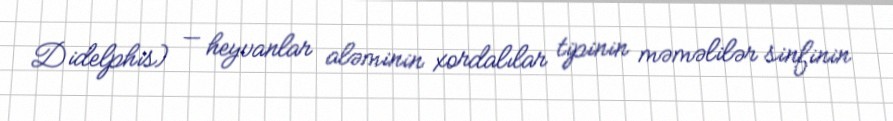
Didelphis) — heyvanlar aləminin xordalılar tipinin məməlilər sinfinin